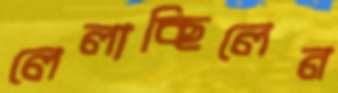
লেলাচ্ছিলেন